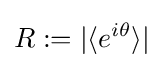
R:=|\langle e^{i\theta }\rangle |